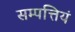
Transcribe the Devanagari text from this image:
सम्पत्तियं